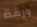
ورقة